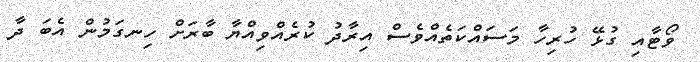
ވޯޓާއި ގުޅޭ ހުރިހާ މަސައްކަތެއްވެސް އިރާދު ކުރެއްވިއްޔާ ބާރަށް ހިނގަމުން އެބަ ދާ